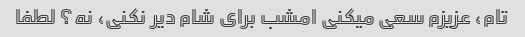
تام، عزیزم سعی میکنی امشب برای شام دیر نکنی، نه؟ لطفا